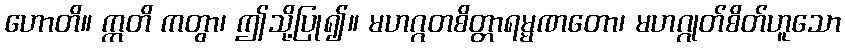
ဟောတိ။ ဣတိ ကတွာ၊ ဤသို့ပြု၍။ မဟဂ္ဂတစိတ္တာရမ္မဏတော၊ မဟဂ္ဂုတ်စိတ်ဟူသော